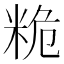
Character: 𮇙